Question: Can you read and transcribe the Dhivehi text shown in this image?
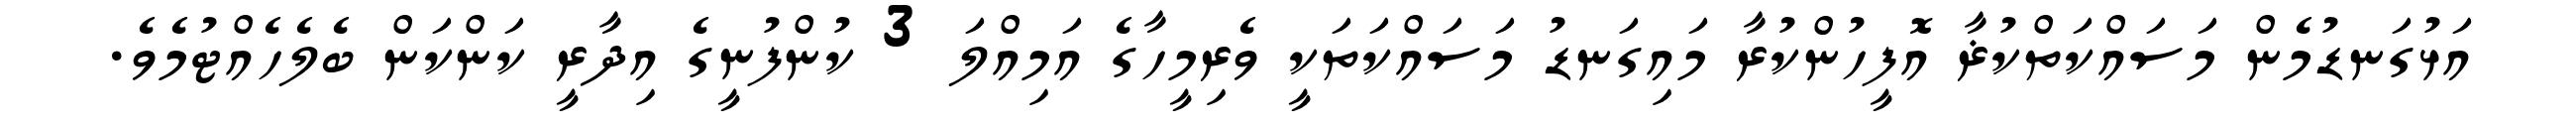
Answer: އަޅުގަނޑުމެން މަސައްކަތްކުޜާ އޮފީހުންކުރާ މައިގަނޑު މަސައްކަތަކީ ވެރިމީހާގެ އަމިއްލަ 3 ކުންފުނީގެ އިދާރީ ކަންކަން ބެލެހެއްޓުމެވެ.